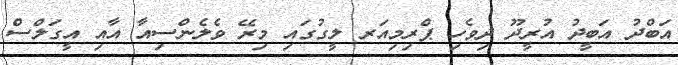
އަބްދު އަބީދު އުރީދޫ ދިވެހި ޕްރިމިއަރ ލީގުގައި މިރޭ ވެލެންސިއާ އާއި އީގަލްސް